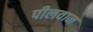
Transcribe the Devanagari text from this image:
पीलवान